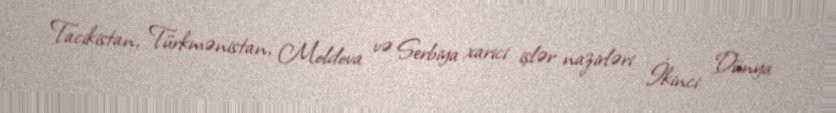
Tacikistan, Türkmənistan, Moldova və Serbiya xarici işlər nazirləri İkinci Dünya